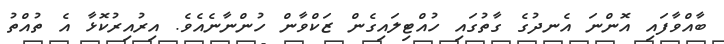
ބާއްވާފައި އޮންނަ އެނދުގެ ގާތުގައި ހުއްޓިލައިގެން ޒަކްވާން ހުންނާނެއެވެ. އިރުއިރުކޮޅާ އެ ތުއްތު